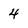
Character: 4